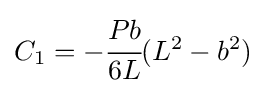
C_{1}=-{\cfrac {Pb}{6L}}(L^{2}-b^{2})~